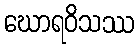
ဃောရဝိသဿ